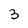
Character: 3